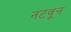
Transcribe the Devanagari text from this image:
नटवून